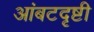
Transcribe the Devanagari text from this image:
आंबटदृष्टी